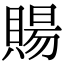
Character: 𧶽